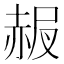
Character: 𧹠